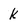
Character: k